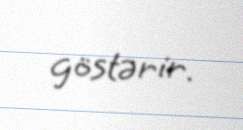
göstərir.